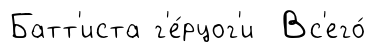
Батт'иста г'е́рцог'и Вс'его́